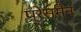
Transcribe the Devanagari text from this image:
प्रेसमैन